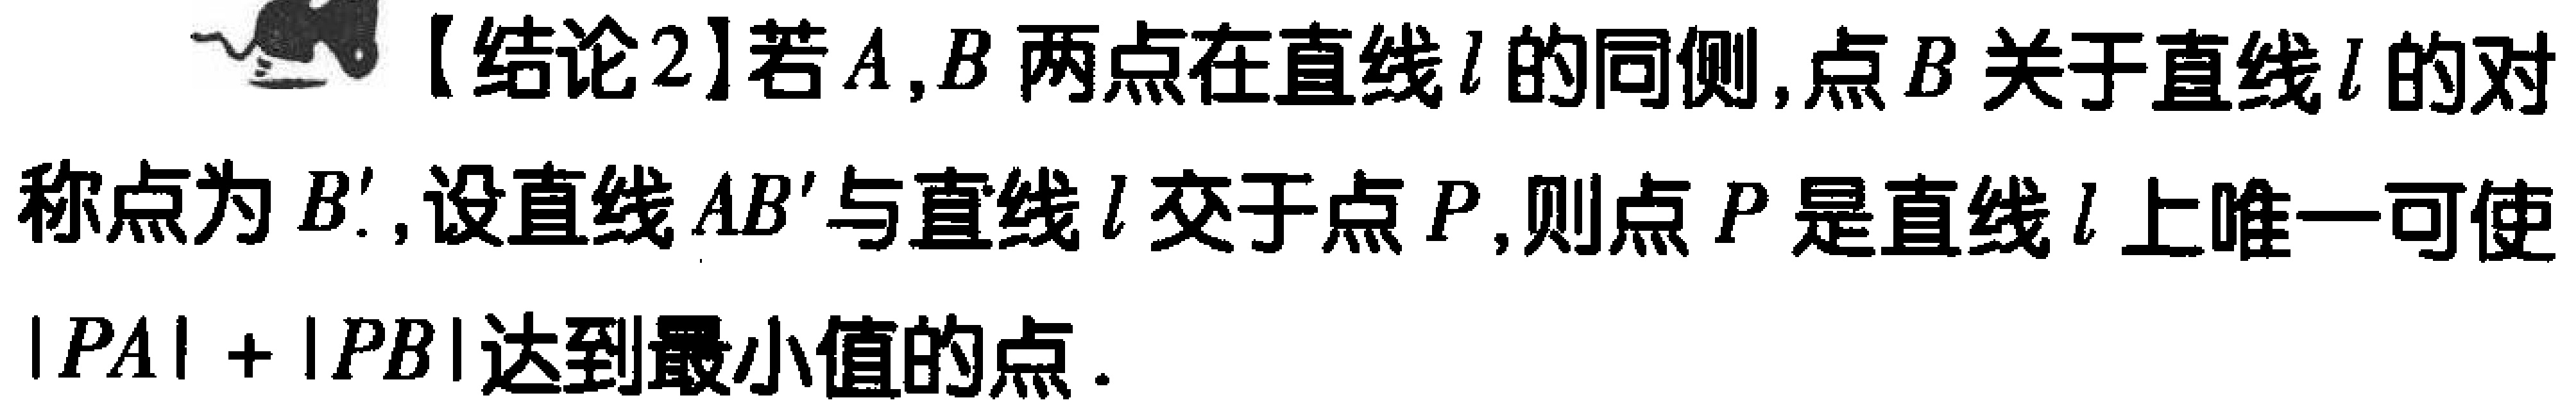
【结论2】若\(A,B\)两点在直线\(l\)的同侧,点\(B\)关于直线\(l\)的对称点为\(B'\),设直线\(AB'\)与直线\(l\)交于点\(P\),则点\(P\)是直线\(l\)上唯一可使\(\vert PA\vert+\vert PB\vert\)达到最小值的点.